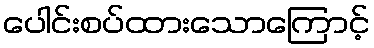
ပေါင်းစပ်ထားသောကြောင့်